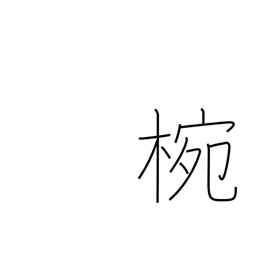
Meaning: wooden or lacquered bowl